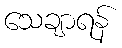
သေချာရန်